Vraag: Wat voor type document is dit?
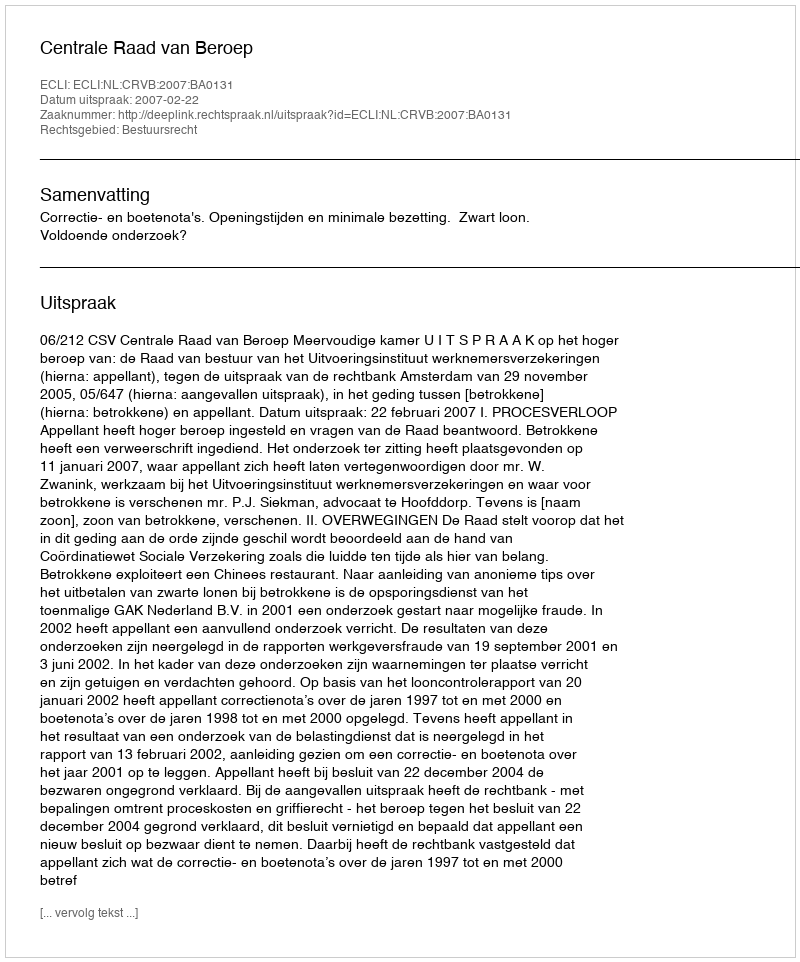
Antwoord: Uitspraak